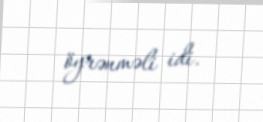
öyrənməli idi.